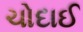
ચોદાઈ